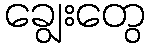
ချွေးတွေ